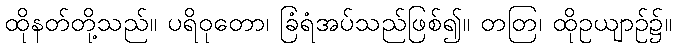
ထိုနတ်တို့သည်။ ပရိဝုတော၊ ခြံရံအပ်သည်ဖြစ်၍။ တတြ၊ ထိုဥယျာဉ်၌။